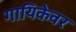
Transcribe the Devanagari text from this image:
गायिकेवर